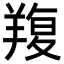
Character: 𦎭